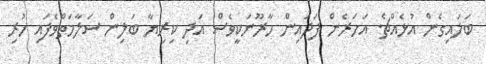
ބަލައިގެން އުޅެއްޗެ. އަހަރެން ފަދައިން ހާރޫނަކީވެސް އަދި ކިރިޔާ ބަލިން ސަލާމަތްވެފައި ހުރި